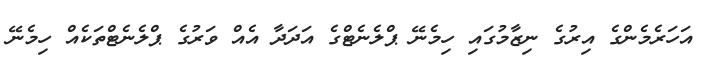
އަހަރެމެންގެ އިރުގެ ނިޒާމުގައި ހިމެނޭ ޕްލެނެޓްގެ އަދަދާ އެއް ވަރުގެ ޕްލެނެޓްތަކެއް ހިމެނޭ